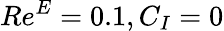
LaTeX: Re^{E}=0.1,C_{I}=0